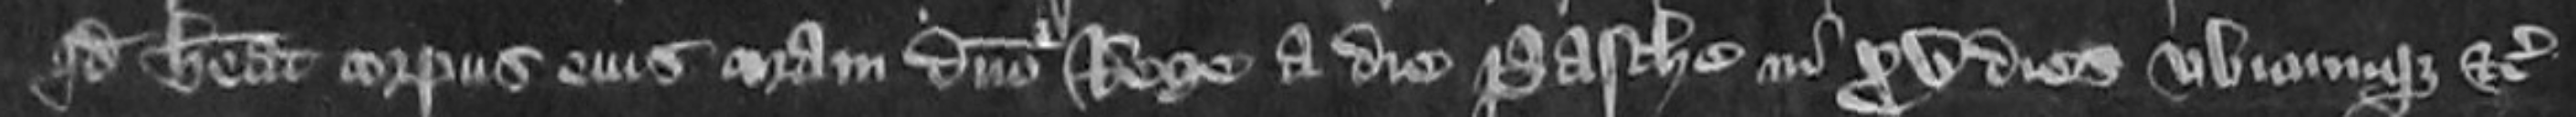
quod habeat corpus eius coram domino Rege a die Pasche in XV dies ubicumque etc